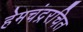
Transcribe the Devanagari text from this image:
हेमचंद्ररचित